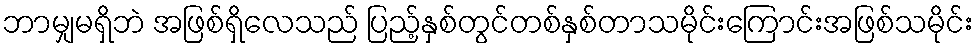
ဘာမျှမရှိဘဲ အဖြစ်ရှိလေသည် ပြည့်နှစ်တွင်တစ်နှစ်တာသမိုင်းကြောင်းအဖြစ်သမိုင်း